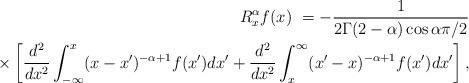
LaTeX: \begin{align*}R_{x}^{\alpha}f(x)\ =-\frac{1}{2\Gamma(2-\alpha)\cos\alpha\pi/2}\\\times\left[ \frac{d^{2}}{dx^{2}}\int_{-\infty}^{x}(x-x^{\prime})^{-\alpha+1}f(x^{\prime})dx^{\prime}+\frac{d^{2}}{dx^{2}}\int_{x}^{\infty}(x^{\prime}-x)^{-\alpha+1}f(x^{\prime})dx^{\prime}\right] ,\end{align*}